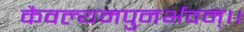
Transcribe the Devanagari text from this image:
कैवल्यमपुनर्भवम्‌।।